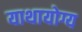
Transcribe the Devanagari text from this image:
याथायोग्य